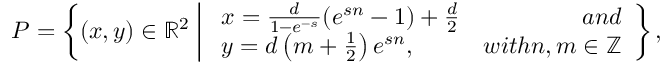
P = \left\lbrace ( x , y ) \in \mathbb { R } ^ { 2 } \; \middle | \; \begin{array} { l r } { x = \frac { d } { 1 - e ^ { - s } } ( e ^ { s n } - 1 ) + \frac { d } { 2 } } & { a n d } \\ { y = d \left( m + \frac { 1 } { 2 } \right) e ^ { s n } , } & { w i t h n , m \in \mathbb { Z } } \end{array} \right\rbrace ,